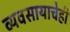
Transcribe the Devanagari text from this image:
व्यवसायाचेही